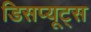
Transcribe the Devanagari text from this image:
डिसप्यूट्स